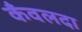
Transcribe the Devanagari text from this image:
कँवलदा